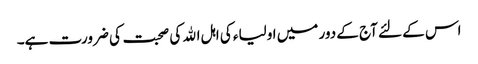
اس کے لئے آج کے دور میں اولیاء کی اہل اﷲ کی صحبت کی ضرورت ہے۔